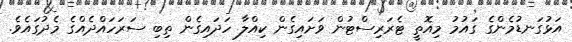
އަޅުގަނޑުމެންގެ ގައުމު މިއޮތީ ޓެރަރިސްޓުން ވަށައިގެން ކިއްލާ ހަދައިގެން ތިބި ސަރަހައްދެއްގެ މެދުގައެވެ.